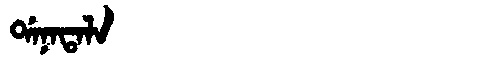
Manchu: ᡩᠠᠨᠠᡨᠠᠯᠠ
Romanization: DANATALA